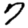
Digit: 7